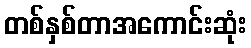
တစ်နှစ်တာအကောင်းဆုံး